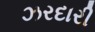
ઝરદારી